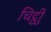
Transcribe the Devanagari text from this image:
चिट्ठीु